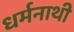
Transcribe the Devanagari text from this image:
धर्मनाथी